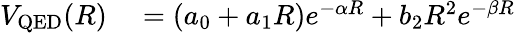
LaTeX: \begin{array}{rl}{V_{\mathrm{QED}}(R)}&{{}=(a_{0}+a_{1}R)e^{-\alpha R}+b_{2}R^{2}e^{-\beta R}}\end{array}